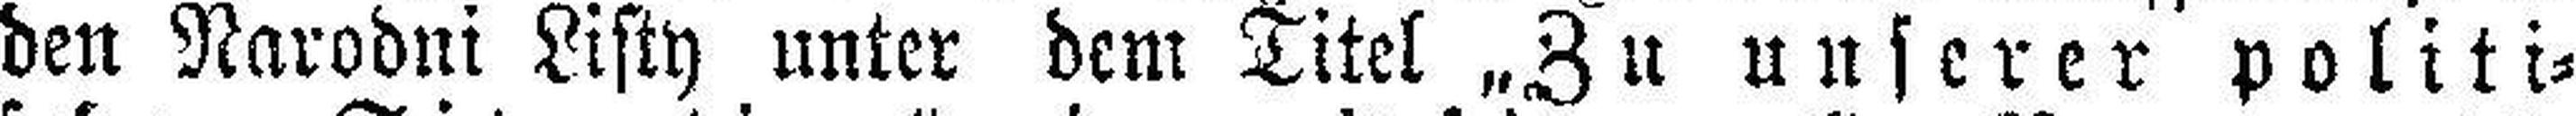
den Narodni Listy unter dem Titel „Zu unserer politi¬